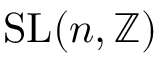
\operatorname { S L } ( n , \mathbb { Z } )